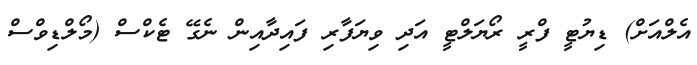
އެލްއަށް) ޑިޔުޓީ ފްރީ ރޯޔަލްޓީ އަދި ވިޔަފާރި ފައިދާއިން ނެގޭ ޓެކްސް (މޯލްޑިވްސް